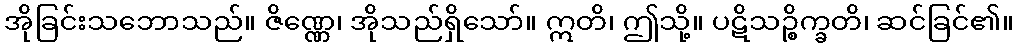
အိုခြင်းသဘောသည်။ ဇိဏ္ဏေ၊ အိုသည်ရှိသော်။ ဣတိ၊ ဤသို့။ ပဋိသဉ္စိက္ခတိ၊ ဆင်ခြင်၏။